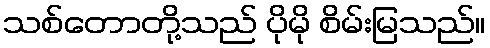
သစ်တောတို့သည် ပိုမို စိမ်းမြသည်။